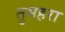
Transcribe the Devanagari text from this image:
तुमहरा